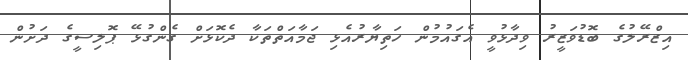
އިޒްރޭލުގެ ބޮޑުވަޒީރު ވިދާޅުވީ އެގައުމުން ހަތިޔާރުއެޅި ޖަމާއަތްތަކާ ދެކޮޅަށް ގެންގުޅޭ ޕޮލިސީގެ ދަށުން